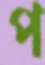
প